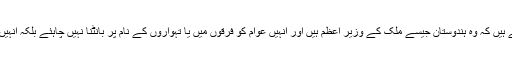
وہ اپنی تقاریر کے وقت شائد یہ فراموش کررہے ہیں کہ وہ ہندوستان جیسے ملک کے وزیر اعظم ہیں اور انہیں عوام کو فرقوں میں یا تہواروں کے نام پر بانٹنا نہیں چاہئے بلکہ انہیں ایک دوسرے سے قریب لانا ان کا فریضہ ہے ۔